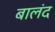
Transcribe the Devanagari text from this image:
बालंद